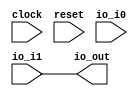
module Switch(
  input        clock,
  input        reset,
  input  [1:0] io_i0,
  input        io_i1,
  output       io_out
);
  assign io_out = io_i1; // @[Switch.scala 30:10]
endmodule